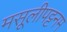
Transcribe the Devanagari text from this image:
मसूलीपट्टनम